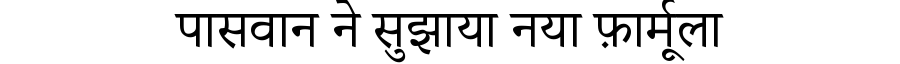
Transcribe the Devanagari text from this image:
पासवान ने सुझाया नया फ़ार्मूला